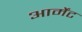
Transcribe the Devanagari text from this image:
आर्मेंट